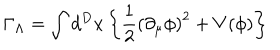
LaTeX: \Gamma _ { \Lambda } = \int d ^ { D } x \left\{ \frac { 1 } { 2 } \left( \partial _ { \mu } \phi \right) ^ { 2 } + V ( \phi ) \right\}